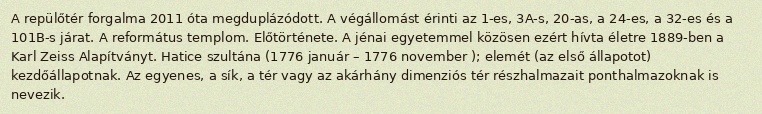
A repülőtér forgalma 2011 óta megduplázódott. A végállomást érinti az 1-es, 3A-s, 20-as, a 24-es, a 32-es és a 101B-s járat. A református templom. Előtörténete. A jénai egyetemmel közösen ezért hívta életre 1889-ben a Karl Zeiss Alapítványt. Hatice szultána (1776 január – 1776 november ); elemét (az első állapotot) kezdőállapotnak. Az egyenes, a sík, a tér vagy az akárhány dimenziós tér részhalmazait ponthalmazoknak is nevezik.